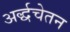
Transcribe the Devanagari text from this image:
अर्द्धचेतन